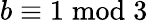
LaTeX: b\equiv 1{\bmod{3}}